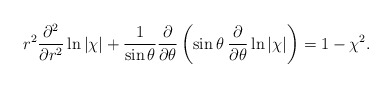
\begin{align*}r^{2}\frac{\partial^{2}}{\partial r^{2}}\ln|\chi|+\frac{1}{\sin\theta}\frac{\partial}{\partial\theta}\left(\sin\theta\:\frac{\partial}{\partial\theta}\ln|\chi|\right)=1-\chi^{2}.\end{align*}